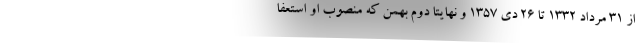
از 31 مرداد 1332 تا 26 دی 1357 و نهایتا دوم بهمن که منصوب او استعفا